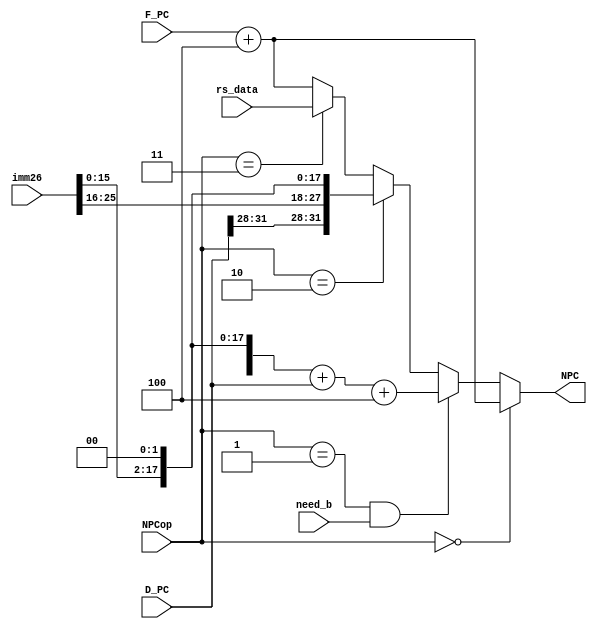
module D_NPC (
    input [31:0] F_PC,
    input [31:0] D_PC,
    input [25:0] imm26,
    input [31:0] rs_data,
    input need_b,
    input [2:0] NPCop,
    output [31:0] NPC
);
    assign NPC = (NPCop == 0) ? F_PC + 4 :
                 (NPCop == 1 && need_b) ? {{16{imm26[15]}}, imm26[15:0], 2'b00} + D_PC + 4 :
                 (NPCop == 2) ? {D_PC[31:28], imm26, 2'b00} : 
                 (NPCop == 3) ? rs_data : F_PC + 4; 
    
endmodule